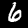
Digit: 6